Report of the Municipal Commissioner on the plague in Bombay for the year ending 31st May... - Volume 1
Disease focus: Plague
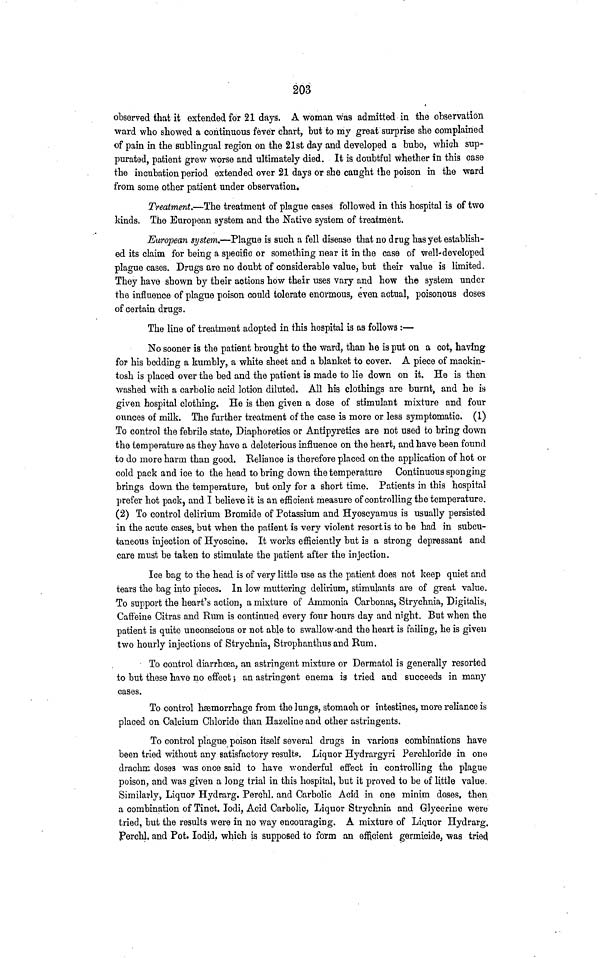
203
observed that it extended for 21 days. A woman was admitted in the observation
ward who showed a continuous fever chart, but to my great surprise she complained
of pain in the sublingual region on the 21st day and developed a bubo, which sup-
purated, patient grew worse and ultimately died. It is doubtful whether in this case
the incubation period extended over 21 days or she caught the poison in the ward
from some other patient under observation.
Treatment.—The treatment of plague cases followed in this hospital is of two
kinds. The European system and the Native system of treatment.
European system.—Plague is such a fell disease that no drug has yet establish-
ed its claim for being a specific or something near it in the case of well-developed
plague cases. Drugs are no doubt of considerable value, but their value is limited.
They have shown by their actions how their uses vary and how the system under
the influence of plague poison could tolerate enormous, even actual, poisonous doses
of certain drugs.
The line of treatment adopted in this hospital is as follows:—
No sooner is the patient brought to the ward, than he is put on a cot, having
for his bedding a kumbly, a white sheet and a blanket to cover. A piece of mackin-
tosh is placed over the bed and the patient is made to lie down on it. He is then
washed with a carbolic acid lotion diluted. All his clothings are burnt, and he is
given hospital clothing. He is then gi-ven a dose of stimulant mixture and four
ounces of milk. The further treatment of the case is more or less symptomatic. (1)
To control the febrile state, Diaphoretics or Antipyretics are not used to bring down
the temperature as they have a deleterious influence on the heart, and have been found
to do more harm than good. Reliance is therefore placed on the application of hot or
cold pack and ice to the head to bring down the temperature Continuous sponging
brings down the temperature, but only for a short time. Patients in thia hospital
prefer hot pack, and I believe it is an efficient measure of controlling the temperature.
(2) To control delirium Bromide of Potassium and Hyoscyamus is usually persisted
in the acute cases, but when the patient is very violent resort is to be had in subcu-
taneous injection of Hyoscine. It works efficiently but is a strong depressant and
care must be taken to stimulate the patient after the injection.
Ice bag to the head is of very little use as the patient does not keep quiet and
tears the bag into pieces. In low muttering delirium, stimulants are of great value.
To support the heart's action, a mixture of Ammonia Carbonas, Strychnia, Digitalis,
Caffeine Citras and Rum is continued every four hours day and night. But when the
patient is quite unconscious or not able to swallow-and the heart is failing, he is given
two hourly injections of Strychnia, Strophanthus and Rum.
To control diarrhoea, an astringent mixture or Dermatol is generally resorted
to but these have no effect; an astringent enema is tried and succeeds in many
cases.
To control haemorrhage from the lungs, stomach or intestines, more reliance is
placed on Calcium Chloride than Hazeline and other astringents.
To control plague poison itself several drugs in various combinations have
been tried without any satisfactory results. Liquor Hydrargyri Perchloride in one
drachm doses was once said to have wonderful effect in controlling the plague
poison, and was given a long trial in this hospital, but it proved to be of little value
Similarly, Liquor Hydrarg. Perehl, and Carbolic Acid in one minim doses, then
a combination of Tinct. Iodi, Acid Carbolic, Liquor Strychnia and Glycerine were
tried, but the results were in no way encouraging. A mixture of Liauor Hydrarg.
Perchl, and Pot. lodid. which is supposed to form an efficient germicide, was tried